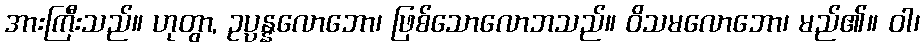
အားကြီးသည်။ ဟုတွာ, ဥပ္ပန္နလောဘော၊ ဖြစ်သောလောဘသည်။ ဝိသမလောဘော၊ မည်၏။ ဝါ၊